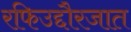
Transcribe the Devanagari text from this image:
रफिउद्दौरजात